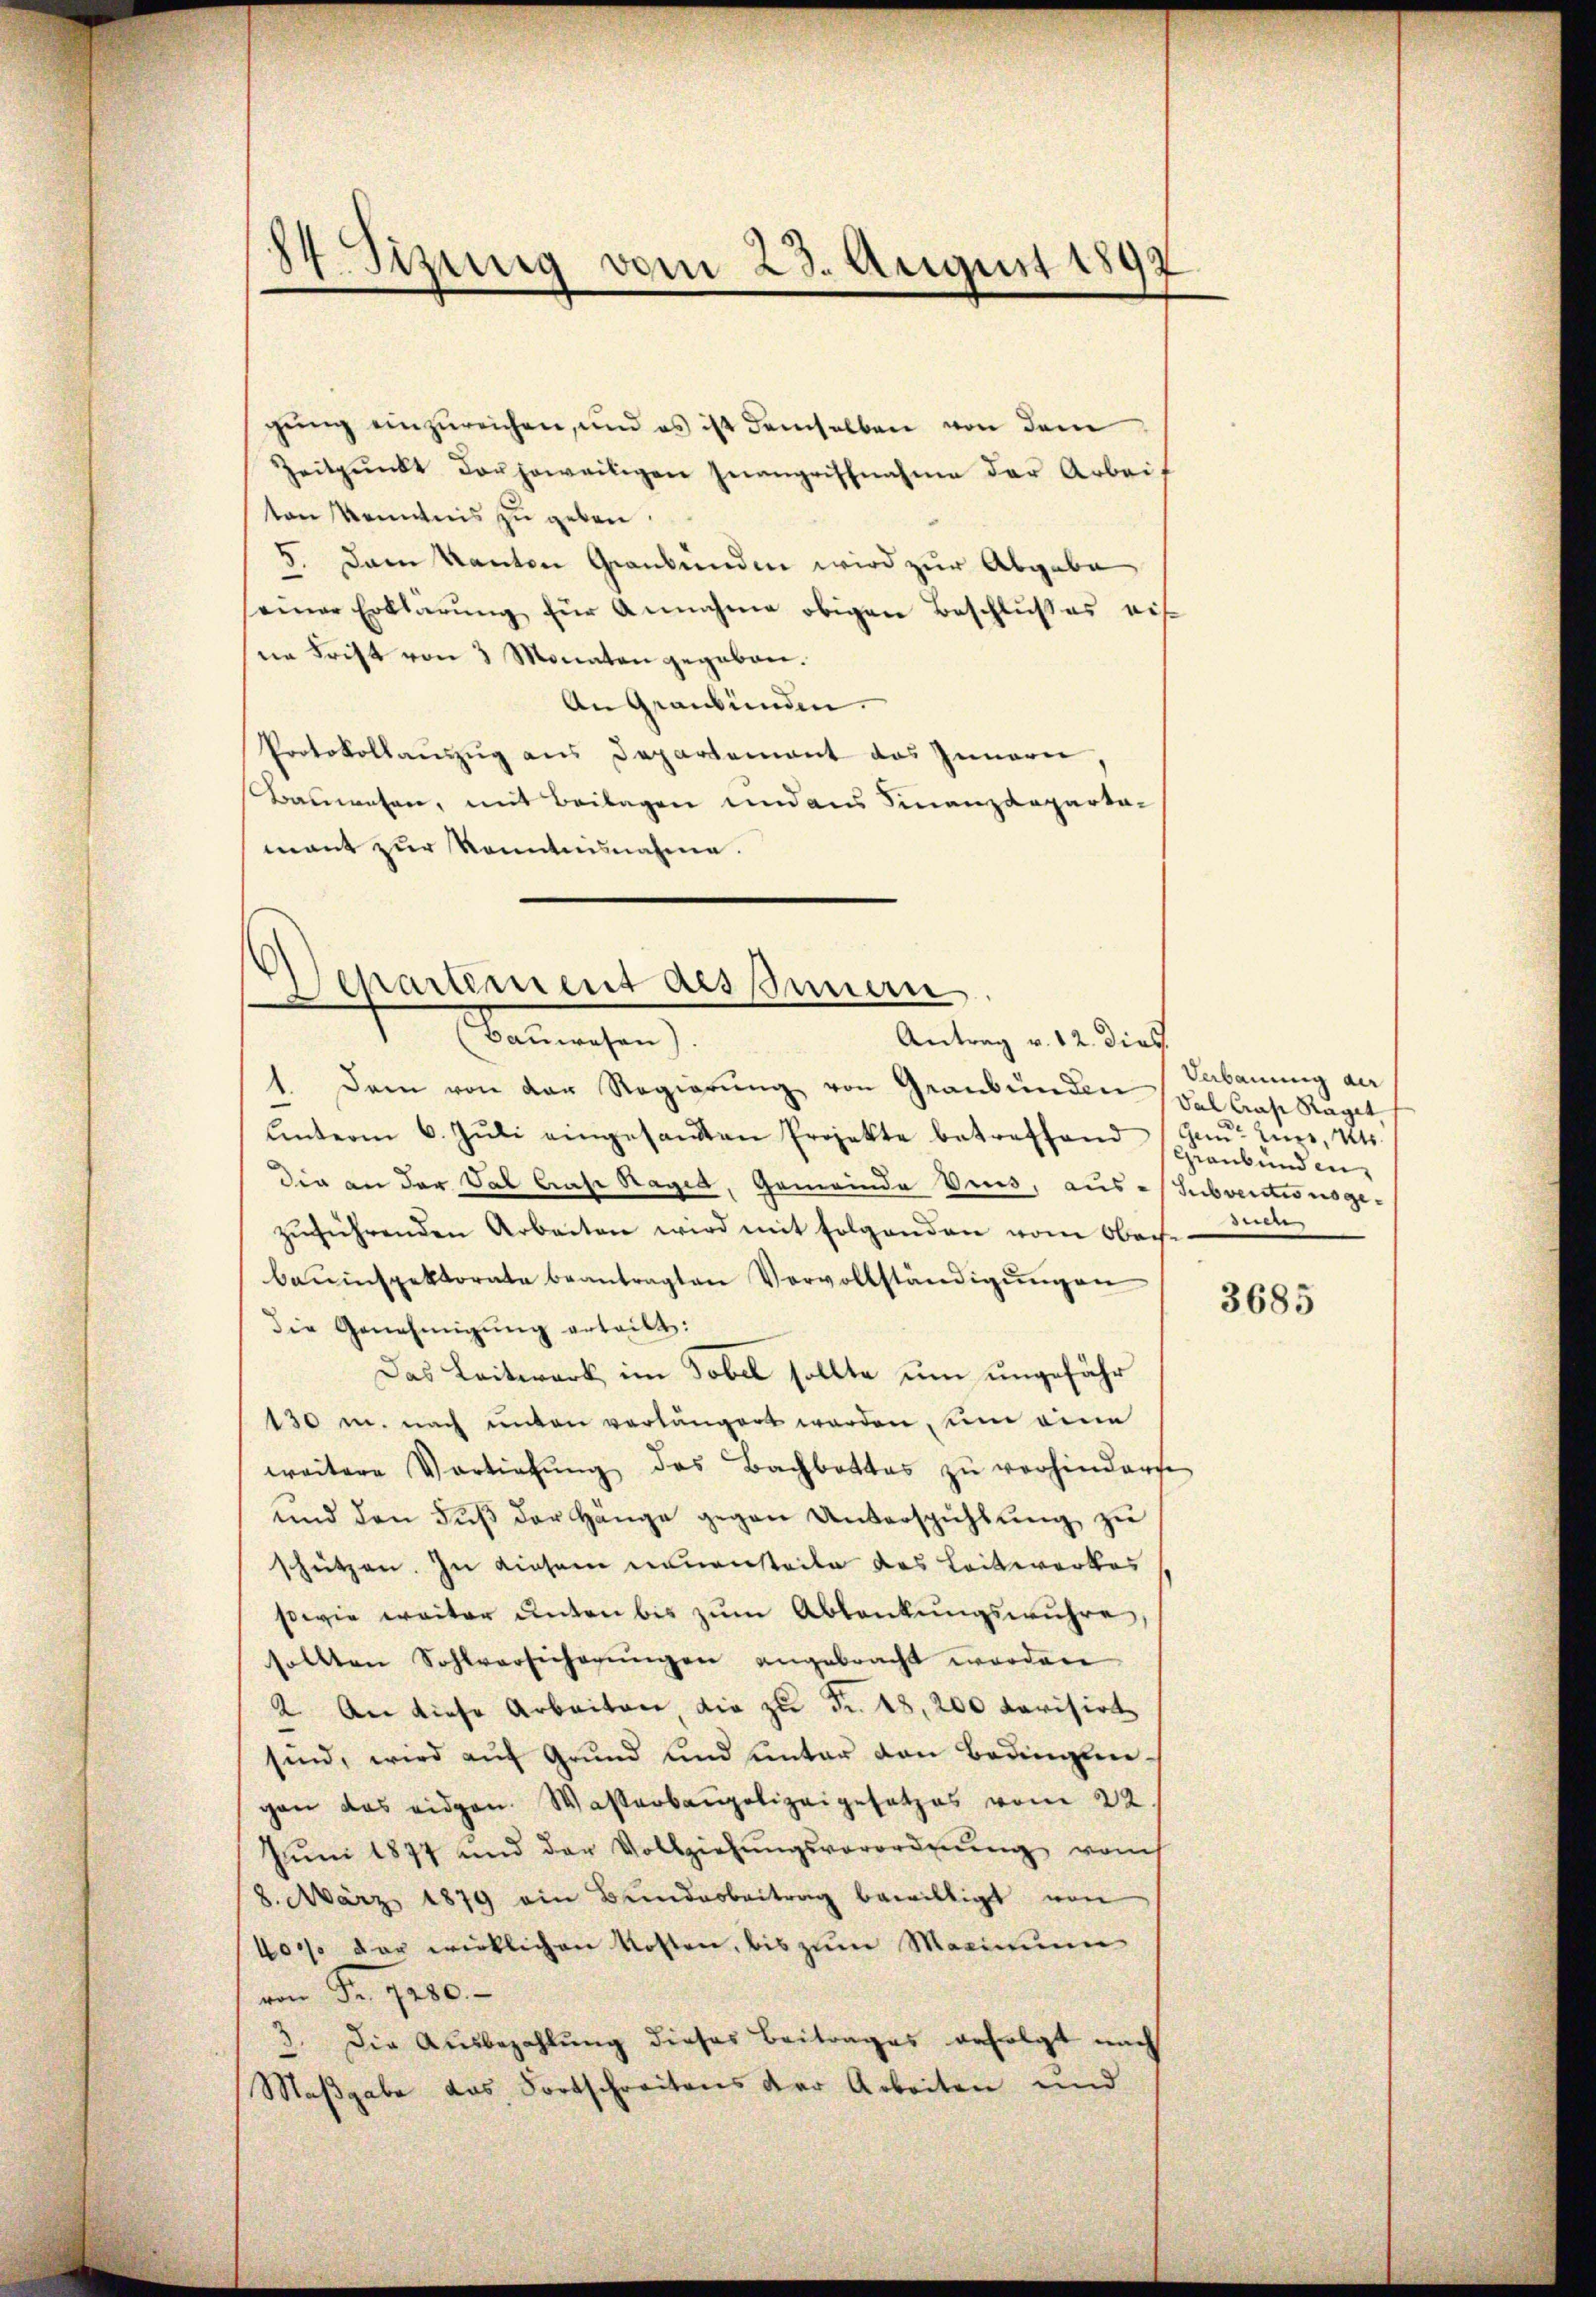
14. Jizung vom 23. August 1892

gung einzureichen, und es ist demselben von dem
Zeitpunkt dansoweitigen Inangriffnahme der Arbeit
ten Kenntnis zu geben
5. Dann kanton Graubünden wird zur Abgabe
seiner Erklärŭng für Annahme obigen Beschlußes eif
ne Frist von 3 Monaten gegeben.
An Graubünden.
Protokollauszug aus Departement das Innern
Bauwesen, mit Beilagen und aus Finanzdepartamant zur Kenntnisnahme.

Separtement assinern
Sammenhan
Antrag v. 12. dies

1. Dann von der Regierŭng von Graubünden (dal Cras saget,
ŭnterm 6. Jŭli eingesandten Projekte betreffend Graubünden,
die an der Val lase Regel, Gemeinde aus, aus-Subventionsgezŭführenden Arbeiten wird mit folgenden vom Ober
bauinspektorate beantragten Vorvollständigŭngen
die Genehmigung erteilt:
Das Leitwerk, im Tobel sollte um ungefähr
130 u. nach unten verlängert werden, ein eine
weitere Vertiefung des Bachbottes zu verhinderse
und den Fŭβ der hänge gegen Unterspüchtŭng zu
schützen. In diesem neuensteile das Leitwerkes
sowie weiter unten bis zŭm Ablenkungswuhre
sollten Sohlversicherŭngen angebracht worden
2. An diese Arbeiten, die zu Fr. 18, 200 Karisirt
sind, wird auf Grund und unter den Bedingengan das eidgen. Wasserbaupolizeigesetzes vom 22.
Jŭni 1877 und der Vollziehŭngsverordnŭng vom
8. März 1879 ein Bŭndarbeitrag bewilligt von
40% der wirklichen Kosten, bis zum Maximum
von Fr. 7200.
3. Die Ausbezahlung dieses Beitrages erfolgt nach
Maßgabe das Fortschreitens der Arbeiten und

Verbauung der
de
Gant Herr M.

3685